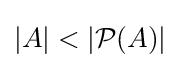
|A|<|{\mathcal {P}}(A)|